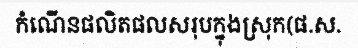
កំណើនផលិតផលសរុបក្នុងស្រុក(ផ.ស.